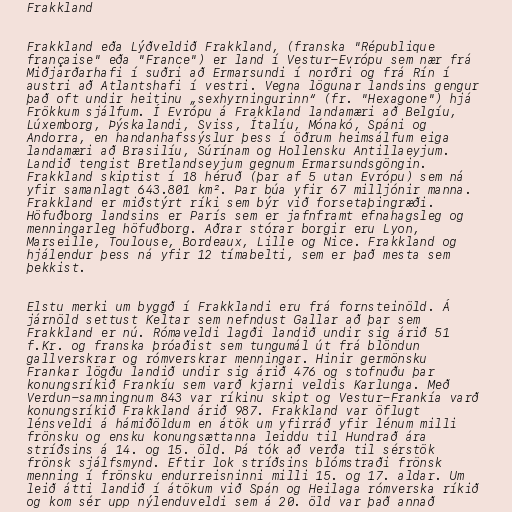
Frakkland

Frakkland eða Lýðveldið Frakkland, (franska "République
française" eða "France") er land í Vestur-Evrópu sem nær frá
Miðjarðarhafi í suðri að Ermarsundi í norðri og frá Rín í
austri að Atlantshafi í vestri. Vegna lögunar landsins gengur
það oft undir heitinu „sexhyrningurinn“ (fr. "Hexagone") hjá
Frökkum sjálfum. Í Evrópu á Frakkland landamæri að Belgíu,
Lúxemborg, Þýskalandi, Sviss, Ítalíu, Mónakó, Spáni og
Andorra, en handanhafssýslur þess í öðrum heimsálfum eiga
landamæri að Brasilíu, Súrínam og Hollensku Antillaeyjum.
Landið tengist Bretlandseyjum gegnum Ermarsundsgöngin.
Frakkland skiptist í 18 héruð (þar af 5 utan Evrópu) sem ná
yfir samanlagt 643.801 km². Þar búa yfir 67 milljónir manna.
Frakkland er miðstýrt ríki sem býr við forsetaþingræði.
Höfuðborg landsins er París sem er jafnframt efnahagsleg og
menningarleg höfuðborg. Aðrar stórar borgir eru Lyon,
Marseille, Toulouse, Bordeaux, Lille og Nice. Frakkland og
hjálendur þess ná yfir 12 tímabelti, sem er það mesta sem
þekkist.

Elstu merki um byggð í Frakklandi eru frá fornsteinöld. Á
járnöld settust Keltar sem nefndust Gallar að þar sem
Frakkland er nú. Rómaveldi lagði landið undir sig árið 51
f.Kr. og franska þróaðist sem tungumál út frá blöndun
gallverskrar og rómverskrar menningar. Hinir germönsku
Frankar lögðu landið undir sig árið 476 og stofnuðu þar
konungsríkið Frankíu sem varð kjarni veldis Karlunga. Með
Verdun-samningnum 843 var ríkinu skipt og Vestur-Frankía varð
konungsríkið Frakkland árið 987. Frakkland var öflugt
lénsveldi á hámiðöldum en átök um yfirráð yfir lénum milli
frönsku og ensku konungsættanna leiddu til Hundrað ára
stríðsins á 14. og 15. öld. Þá tók að verða til sérstök
frönsk sjálfsmynd. Eftir lok stríðsins blómstraði frönsk
menning í frönsku endurreisninni milli 15. og 17. aldar. Um
leið átti landið í átökum við Spán og Heilaga rómverska ríkið
og kom sér upp nýlenduveldi sem á 20. öld var það annað